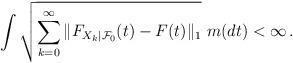
LaTeX: \begin{align*}\int \sqrt{ \sum_{k=0}^\infty \|F_{X_k|{\mathcal F}_0}(t)-F(t)\|_1 } \ m(dt) < \infty \, .\end{align*}